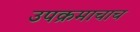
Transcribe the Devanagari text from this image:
उपक्रमाचाच